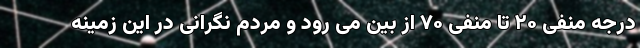
درجه منفی ۲۰ تا منفی ۷۰ از بین می رود و مردم نگرانی در این زمینه